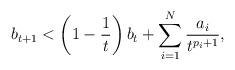
LaTeX: \begin{align*} b_{t+1} < \left(1 - \frac{1}{t} \right)b_{t} + \sum_{i=1}^{N}\frac{a_{i}}{t^{p_{i}+1}}, \end{align*}